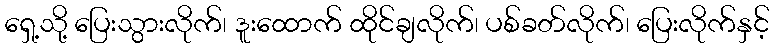
ရှေ့သို့ ပြေးသွားလိုက်၊ ဒူးထောက် ထိုင်ချလိုက်၊ ပစ်ခတ်လိုက်၊ ပြေးလိုက်နှင့်